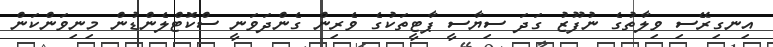
އިނގިރޭސި ވިލާތުގެ ނުފޫޒު ގަދަ ސިޔާސީ ޕާޓީތަކުގެ ވެރިން ގެންދަވަނީ ސްކޮޓްލެންޑުން މިނިވަންކަން